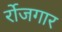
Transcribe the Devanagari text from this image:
र्रोजगार